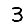
Digit: 3